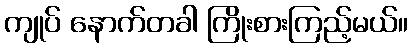
ကျုပ် နောက်တခါ ကြိုးစားကြည့်မယ်။